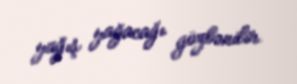
yağış yağacağı gözlənilir.